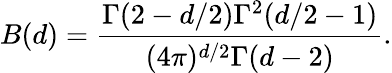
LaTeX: B(d)=\frac{\Gamma(2-d/2)\Gamma^{2}(d/2-1)}{(4\pi)^{d/2}\Gamma(d-2)}.